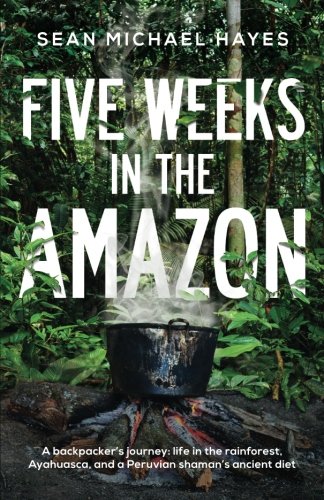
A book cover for Five Weeks in the Amazon: A backpacker's journey: life in the rainforest, Ayahuasca, and a Peruvian shaman's ancient diet; Sean Michael Hayes; Travel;